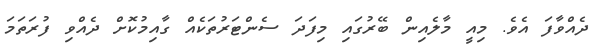
ދެއްވާފަ އެވެ. މިއީ މާލެއިން ބޭރުގައި މިފަދަ ސެންޓަރުތަކެއް ގާއިމުކޮށް ދެއްވި ފުރަތަމަ